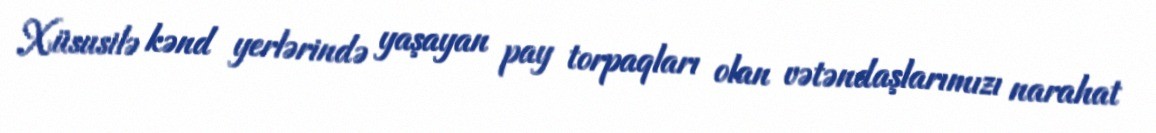
Xüsusilə kənd yerlərində yaşayan pay torpaqları olan vətəndaşlarımızı narahat